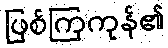
ဖြစ်ကြကုန်၏